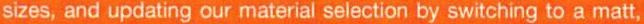
sizes, and updating our material selection by switching to a matt,